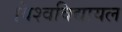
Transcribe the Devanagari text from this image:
विश्‍वविद्यायल